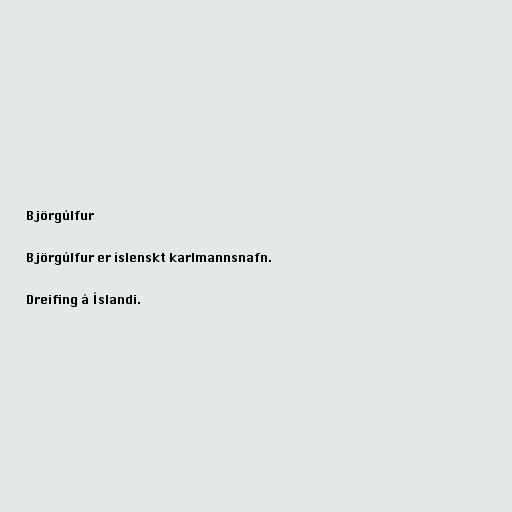
Björgúlfur

Björgúlfur er íslenskt karlmannsnafn.

Dreifing á Íslandi.